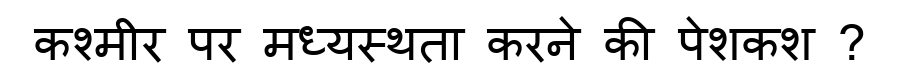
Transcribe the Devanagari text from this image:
कश्मीर पर मध्यस्थता करने की पेशकश ?